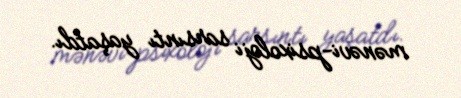
mənəvi-psixoloji sarsıntı yaşatdı.